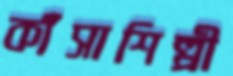
কাঁসাশিল্পী